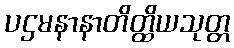
ပဌမနာနာတိတ္ထိယသုတ္တ